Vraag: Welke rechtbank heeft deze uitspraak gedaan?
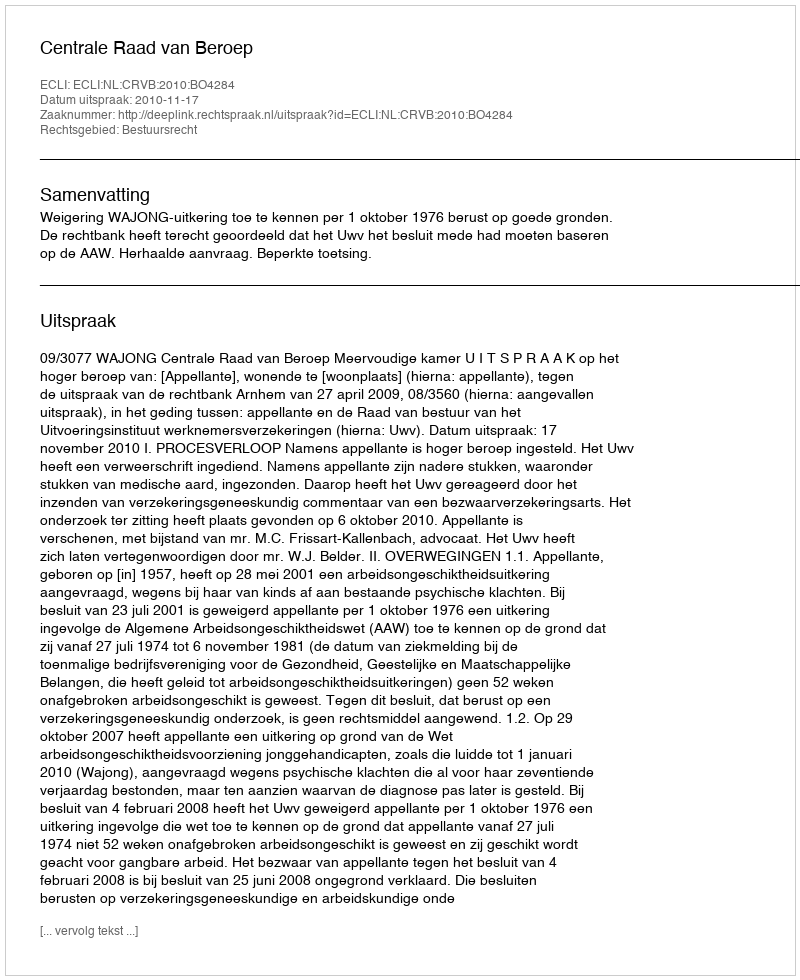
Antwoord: Centrale Raad van Beroep